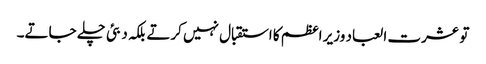
تو عشرت العباد وزیر اعظم کا استقبال نہیں کرتے بلکہ دبئی چلے جاتے۔